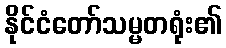
နိုင်ငံတော်သမ္မတရုံး၏